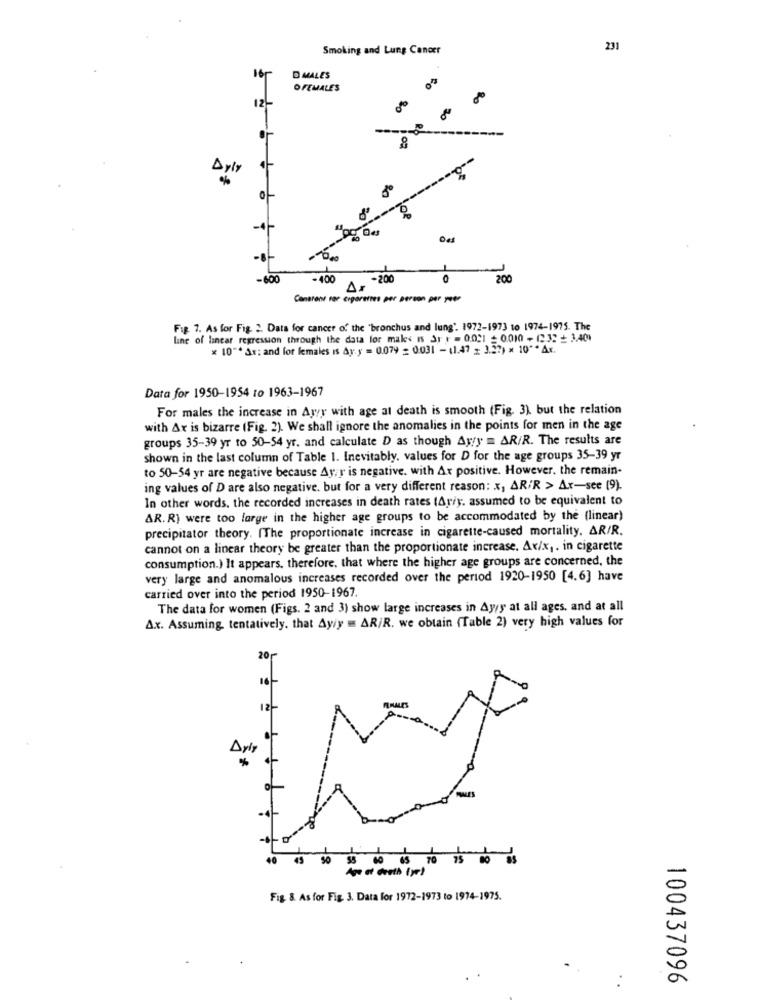
Smoking and Lung Cancer
231
D MALES
OFEMALES
12.
40
8
Dyly
0
10
-600
-400
.200
0
200
Ar
Cansrent rer cigarettes per person per year
Fig. 7. As for Fig. 2. Data for cancer of the 'bronchus and lung'. 1972-1973 to 1974-1975. The
line of linear regression through the data for makes Is Sr r = 0,031 =0.010 - 12 32 + 3.401
x 10"* Ar; and for females is Ay y = 0.079 = 0.031 - (1.47 > 3.27) * 10 ** Ax.
Data for 1950-1954 ro 1963-1967
For males the increase in Ayr with age at death is smooth (Fig. 3). but the relation
with Ax is bizarre (Fig. 2). We shall ignore the anomalies in the points for men in the age
groups 35-39 yr to 50-54 yr. and calculate D as though Ay/y = AR/R. The results are
shown in the last column of Table 1. Inevitably, values for D for the age groups 35-39 yr
to 50-54 yr are negative because Ay;r is negative. with Ax positive. However, the remain-
ing values of D are also negative. but for a very different reason: x, AR/R > Ar-see (9).
In other words, the recorded increases in death rates (Ariy, assumed to be equivalent to
AR. R) were too large in the higher age groups to be accommodated by the (linear)
precipitator theory. (The proportionate increase in cigarette-caused mortality. AR/R.
cannot on a linear theory be greater than the proportionate increase. Av/x ,. in cigarette
consumption.) It appears. therefore, that where the higher age groups are concerned, the
very large and anomalous increases recorded over the period 1920-1950 [4.6] have
carried over into the period 1950-1967.
The data for women (Figs. 2 and 3) show large increases in Ayyy at all ages, and at all
A.x. Assuming tentatively. that Ayiy = AR/R. we obtain (Table 2) very high values for
20
16
*
53 60 65 70 75 80
Age of Geeth (ye!
-
Fig. 8. As for Fig. 3. Data for 1972-1973 to 1974-1975.
A
100437096
. .